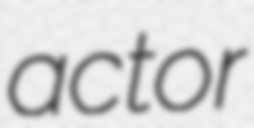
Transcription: actor